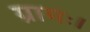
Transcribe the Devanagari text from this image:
ग्रामः।